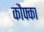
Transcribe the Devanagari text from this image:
कौफ्का